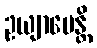
ဥယျာပေန္တိ